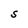
Character: s